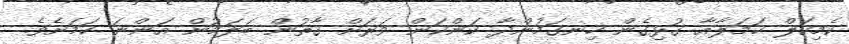
ކެމިކަލް ހަމަލާއާ ގުޅިގެން ހިނގަމުންދާ ކަންކަން ވަރަށް ގާތުން ބަލަމުން އަންނަ ކަމަށެވެ.